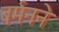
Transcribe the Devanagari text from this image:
बर्मनने